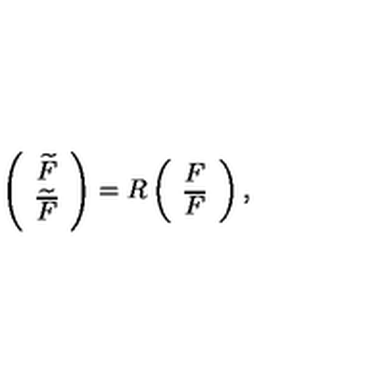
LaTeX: \left( \begin{array} { c c } { \widetilde F } \\ { { \widetilde { \overline { F } } } } \\ \end{array} \right) = R \left( \begin{array} { c c } { F } \\ { { \overline { F } } } \\ \end{array} \right) ,